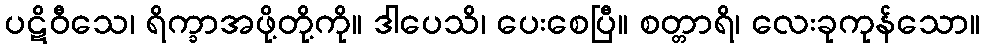
ပဋိဝီသေ၊ ရိက္ခာအဖို့တို့ကို။ ဒါပေသိ၊ ပေးစေပြီ။ စတ္တာရိ၊ လေးခုကုန်သော။